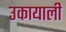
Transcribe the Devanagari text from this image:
उकायाली